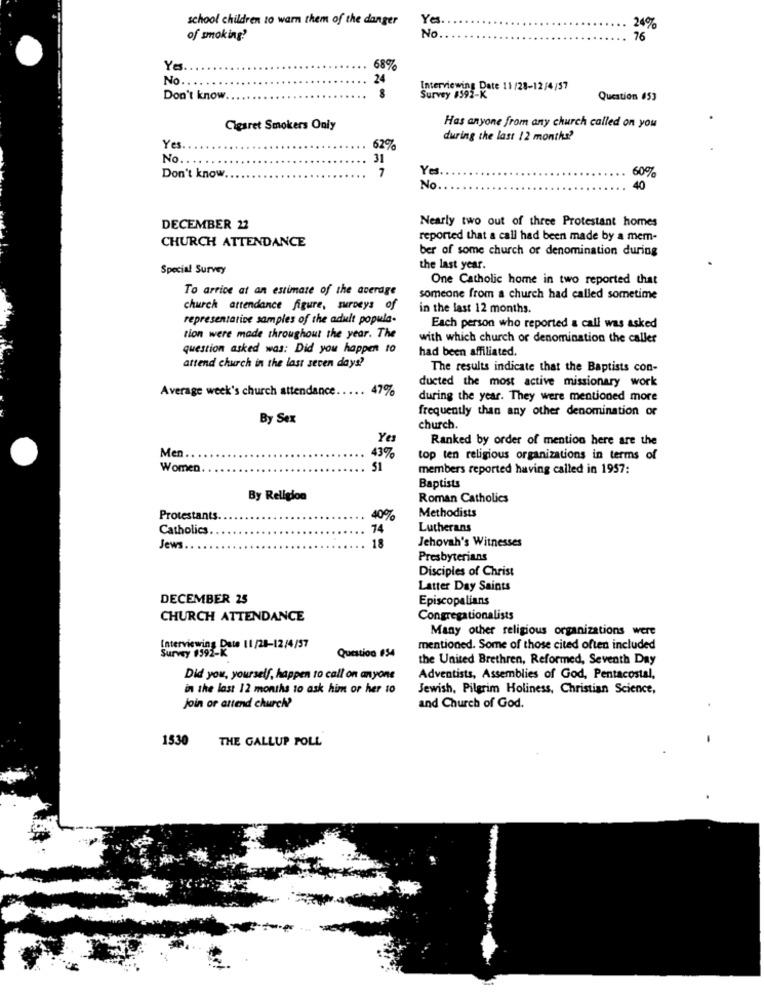
school children to warn them of the danger
Yes
24%
of smoking?
No
76
Yes
689%
No.
24
Interviewing Date 11 /28-12/4/57
Survey #392-K
Don't know
8
Question 653
Has anyone from any church called on you
Cigaret Smokers Only
during the last 12 months?
Ye
62%
No.
31
7
Yes
60%
Don't know
No
40
DECEMBER 22
Nearly two out of three Protestant homes
CHURCH ATTENDANCE
reported that a call had been made by a mem-
ber of some church or denomination during
Special Survey
the last year.
One Catholic home in two reported that
To arrive at an estimate of the average
someone from a church had called sometime
church attendance figure, surocys of
in the last 12 months.
representative samples of the adult popula-
Each person who reported a call was asked
tion were made throughout the year. The
with which church or denomination the caller
question asked was: Did you happen to
had been affiliated.
attend church in the last seven days?
The results indicate that the Baptists con-
ducted the most active missionary work
Average week's church attendance.
47%
during the year. They were mentioned more
frequently than any other denomination or
By Sex
church.
Yes
Ranked by order of mention here are the
Men .. .
43%
top ten religious organizations in terms of
Women
51
members reported having called in 1957:
Baptists
By Religion
Roman Catholics
Methodists
Protestants
40%
Catholics
74
Lutherans
18
Jehovah's Witnesses
Jews.
Presbyterians
Disciples of Christ
Latter Day Saints
DECEMBER 25
Episcopalians
CHURCH ATTENDANCE
Congregationalists
Many other religious organizations were
Interviewing Date 11/28-12/4/57
Survey #392-K
Question #54
mentioned. Some of those cited often included
the United Brethren, Reformed, Seventh Day
Did you, yourself, happen to call on anyone
Adventists, Assemblies of God, Pentacostal,
in the last 12 months to ask him or her to
Jewish, Pilgrim Holiness, Christian Science,
Join or attend church?
and Church of God.
1530
THE GALLUP POLL